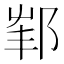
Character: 𨛟